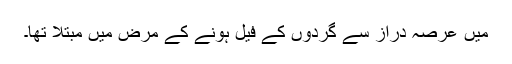
میں عرصہ دراز سے گردوں کے فیل ہونے کے مرض میں مبتلا تھا۔